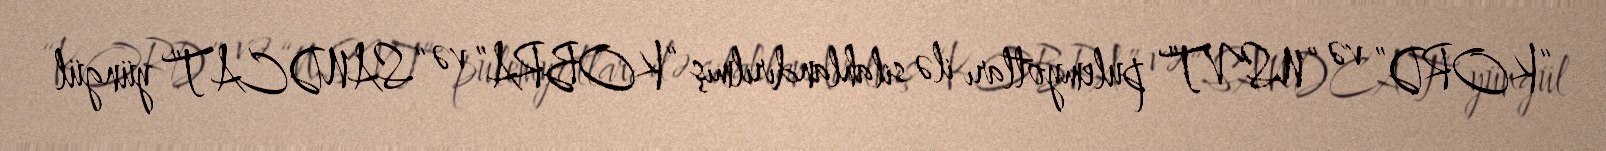
“KORD” və “NSVT” pulemyotları ilə silahlandırılmış “KOBRA” və “SANDCAT” yüngül